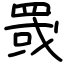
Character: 罭